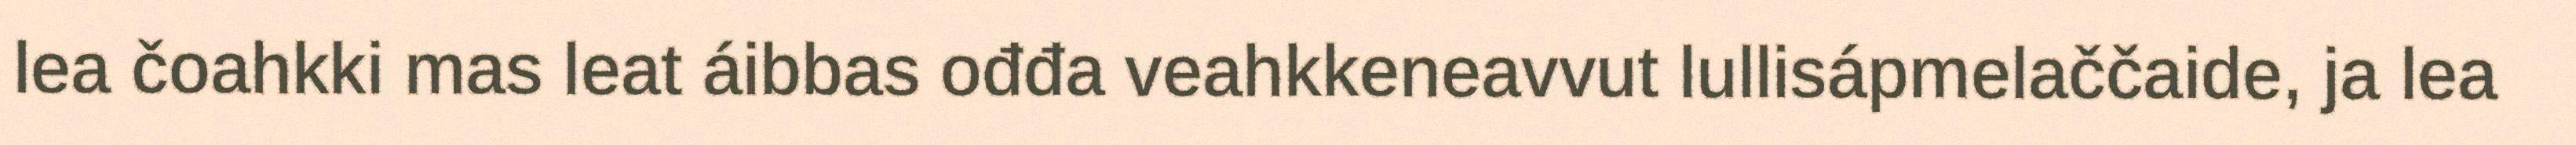
lea čoahkki mas leat áibbas ođđa veahkkeneavvut lullisápmelaččaide, ja lea